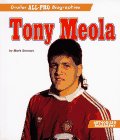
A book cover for Tony Meola (Grolier All-Pro Biographies); Mark Stewart; Children's Books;